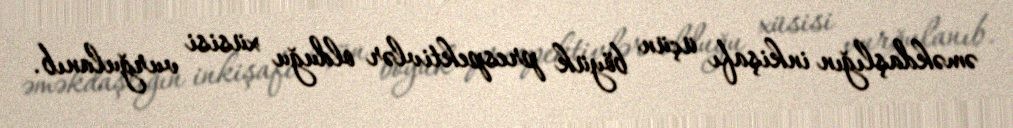
əməkdaşlığın inkişafı üçün böyük prespektivlər olduğu xüsisi vurğulanıb.